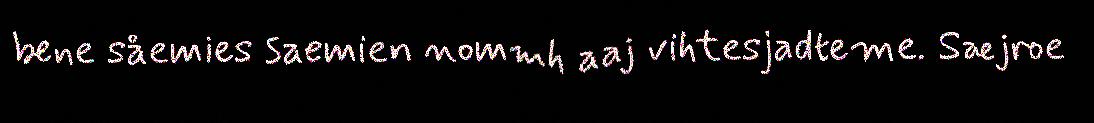
bene såemies saemien nommh aaj vihtesjadteme. Sæjroe